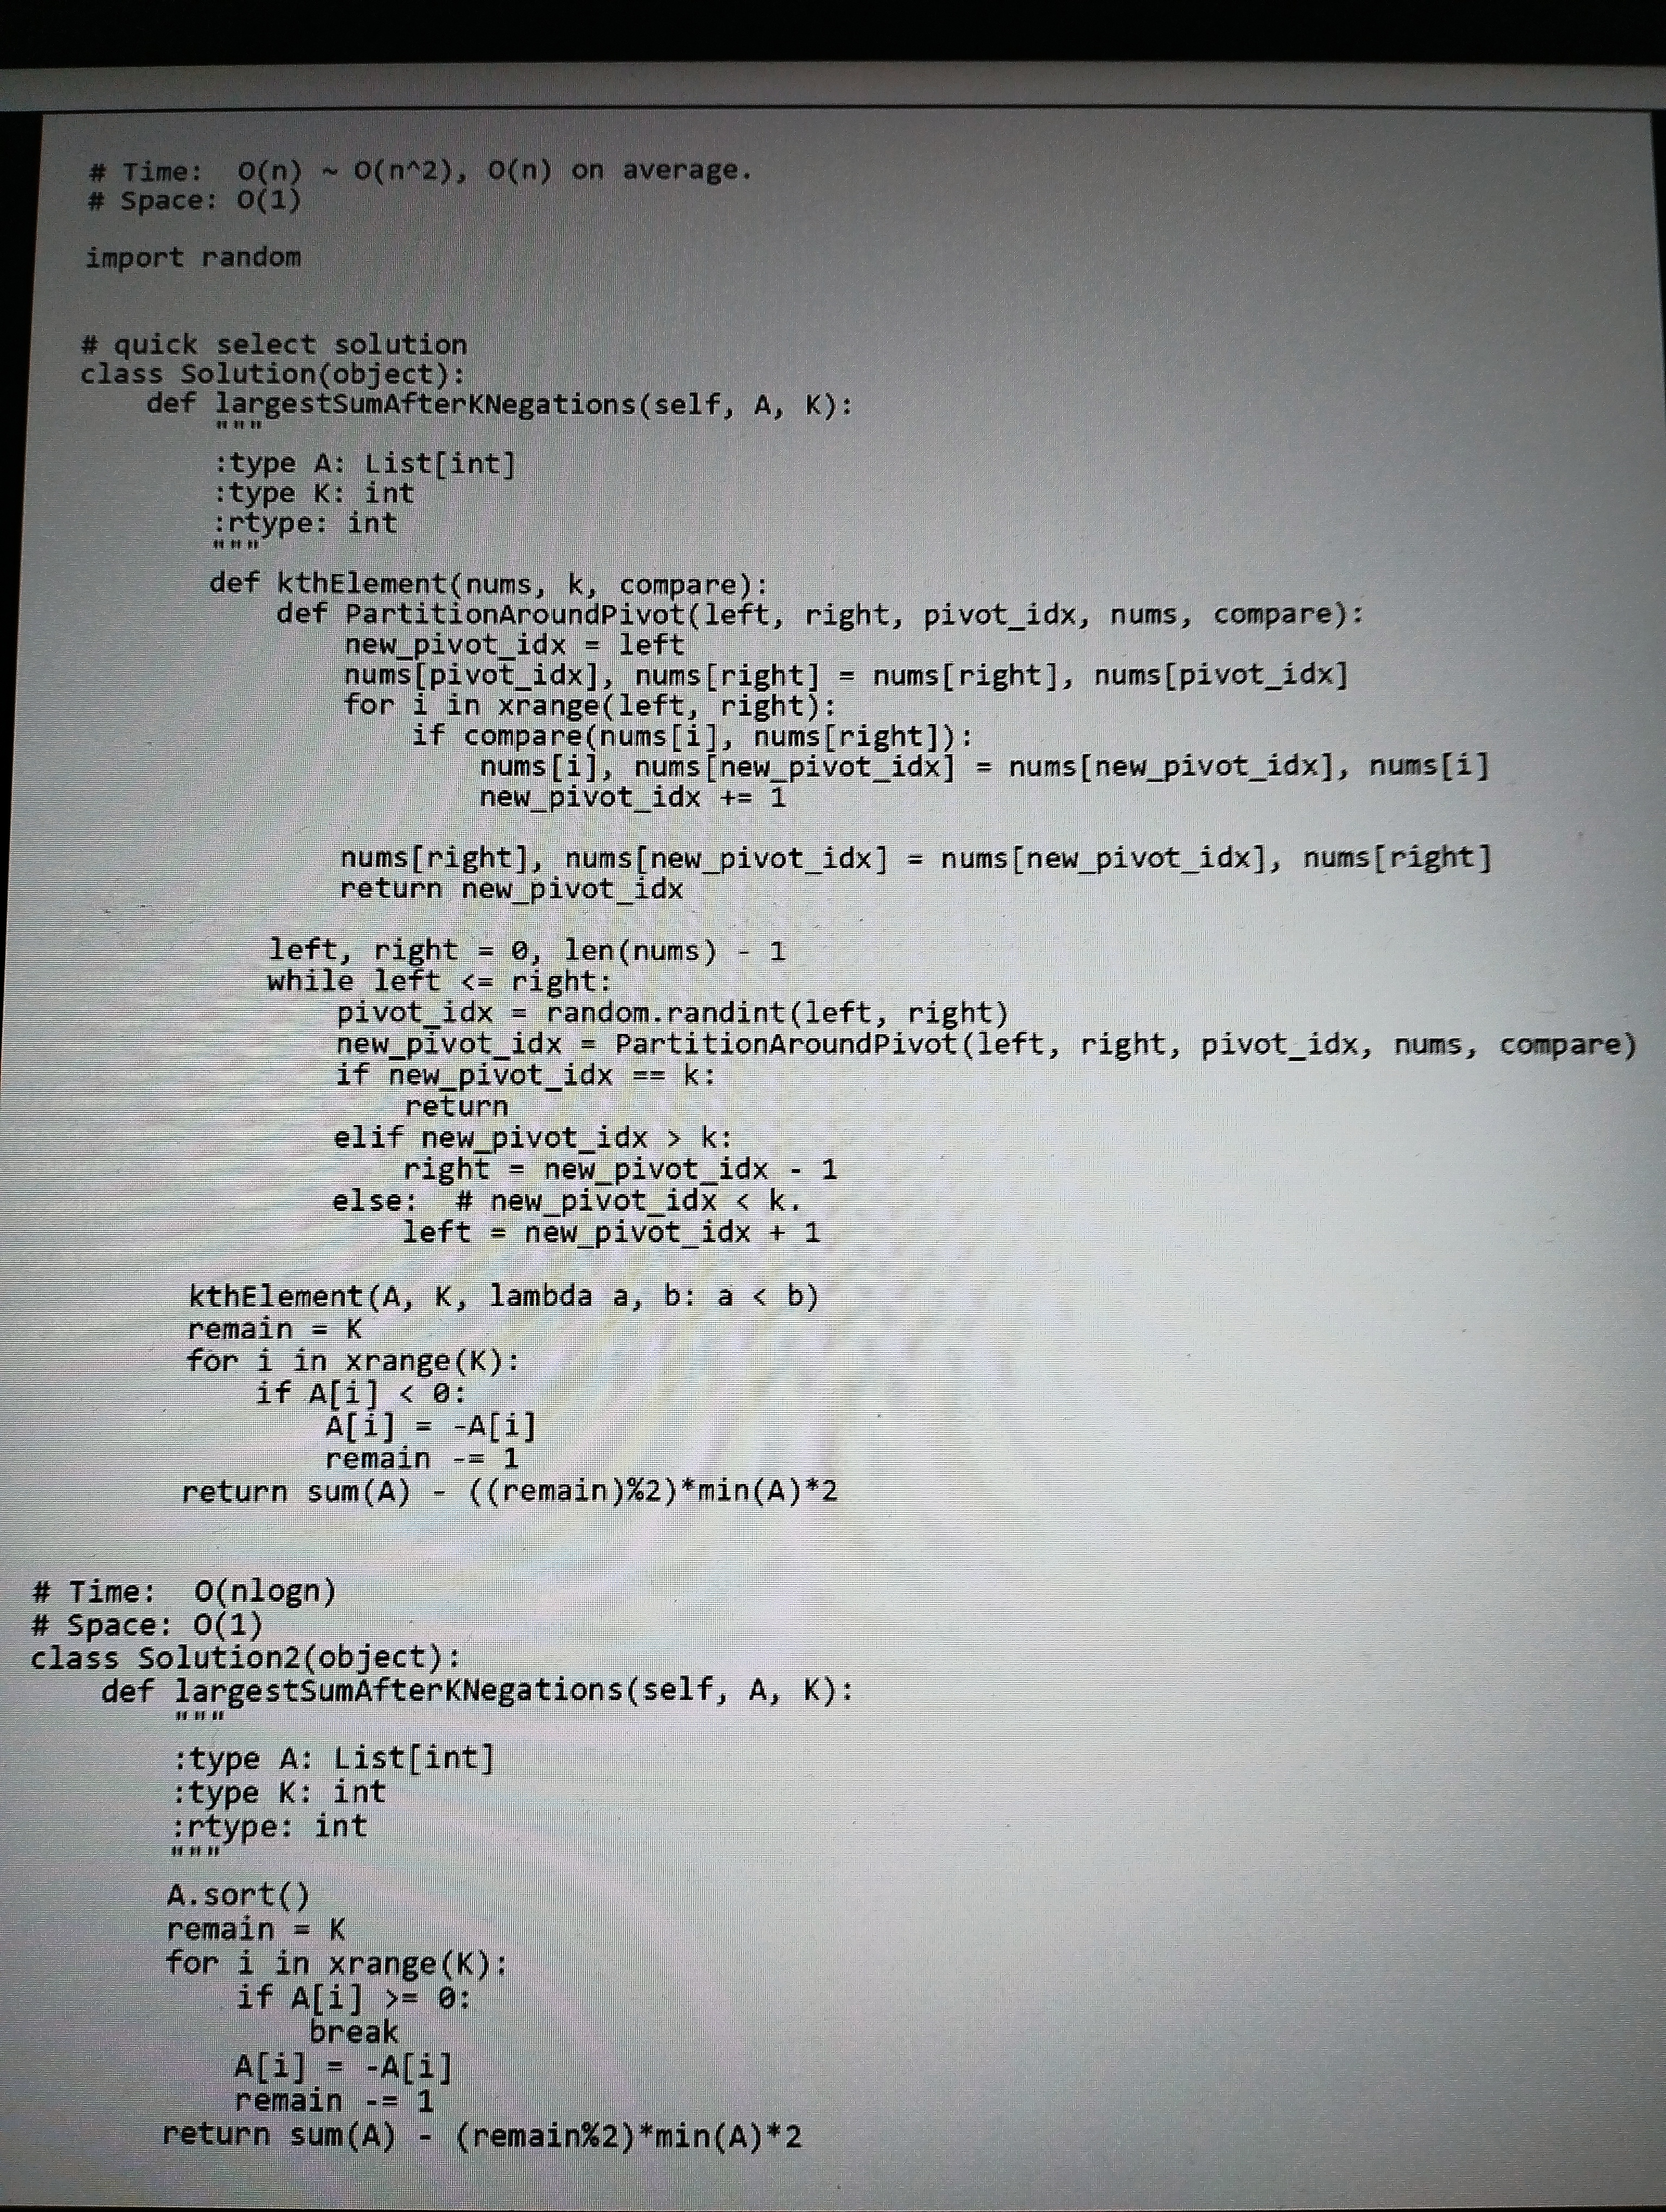
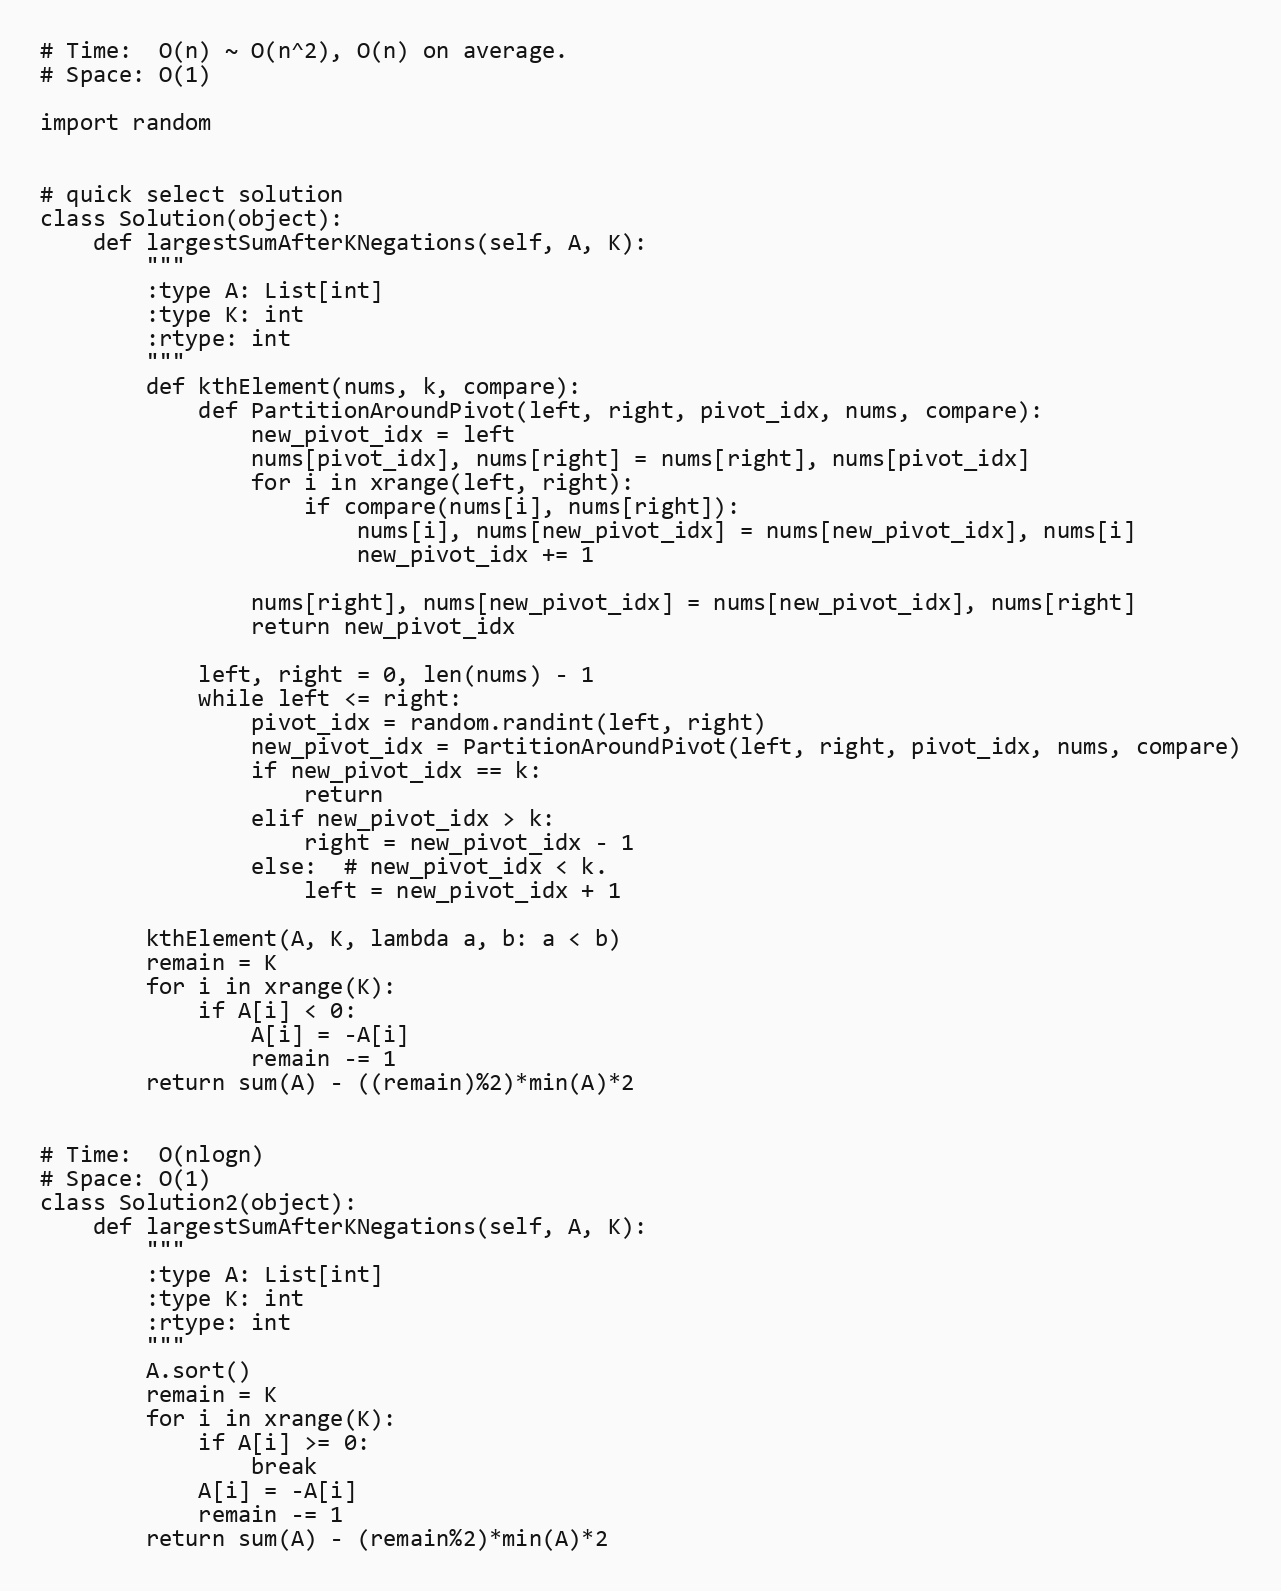
# Time:  O(n) ~ O(n^2), O(n) on average.
# Space: O(1)

import random

# quick select solution
class Solution(object):
    def largestSumAfterKNegations(self, A, K):
        """
        :type A: List[int]
        :type K: int
        :rtype: int
        """
        def kthElement(nums, k, compare):
            def PartitionAroundPivot(left, right, pivot_idx, nums, compare):
                new_pivot_idx = left
                nums[pivot_idx], nums[right] = nums[right], nums[pivot_idx]
                for i in xrange(left, right):
                    if compare(nums[i], nums[right]):
                        nums[i], nums[new_pivot_idx] = nums[new_pivot_idx], nums[i]
                        new_pivot_idx += 1

                nums[right], nums[new_pivot_idx] = nums[new_pivot_idx], nums[right]
                return new_pivot_idx

            left, right = 0, len(nums) - 1
            while left <= right:
                pivot_idx = random.randint(left, right)
                new_pivot_idx = PartitionAroundPivot(left, right, pivot_idx, nums, compare)
                if new_pivot_idx == k:
                    return
                elif new_pivot_idx > k:
                    right = new_pivot_idx - 1
                else:  # new_pivot_idx < k.
                    left = new_pivot_idx + 1

        kthElement(A, K, lambda a, b: a < b)
        remain = K
        for i in xrange(K):
            if A[i] < 0:
                A[i] = -A[i]
                remain -= 1
        return sum(A) - ((remain)%2)*min(A)*2

# Time:  O(nlogn)
# Space: O(1)
class Solution2(object):
    def largestSumAfterKNegations(self, A, K):
        """
        :type A: List[int]
        :type K: int
        :rtype: int
        """
        A.sort()
        remain = K
        for i in xrange(K):
            if A[i] >= 0:
                break
            A[i] = -A[i]
            remain -= 1
        return sum(A) - (remain%2)*min(A)*2